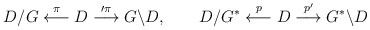
LaTeX: \begin{align*}D/G \stackrel{\pi}{\longleftarrow}D\stackrel{\prime{\pi}} {\longrightarrow} G\backslash D,~~~~~~ D/G^{*}\stackrel{p}{\longleftarrow}D\stackrel{p'} {\longrightarrow}G^{*}\backslash D \end{align*}